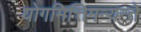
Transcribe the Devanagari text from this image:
योगमित्तिमन्यन्ते